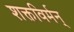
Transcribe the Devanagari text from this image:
शक्तविर्मन्